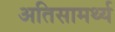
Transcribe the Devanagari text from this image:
अतिसामर्थ्य